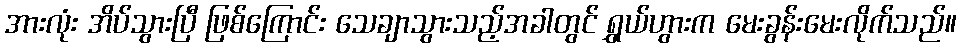
အားလုံး အိပ်သွားပြီ ဖြစ်ကြောင်း သေချာသွားသည့်အခါတွင် ရွှယ်ဟွားက မေးခွန်းမေးလိုက်သည်။